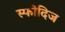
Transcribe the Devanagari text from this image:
स्फोदिज